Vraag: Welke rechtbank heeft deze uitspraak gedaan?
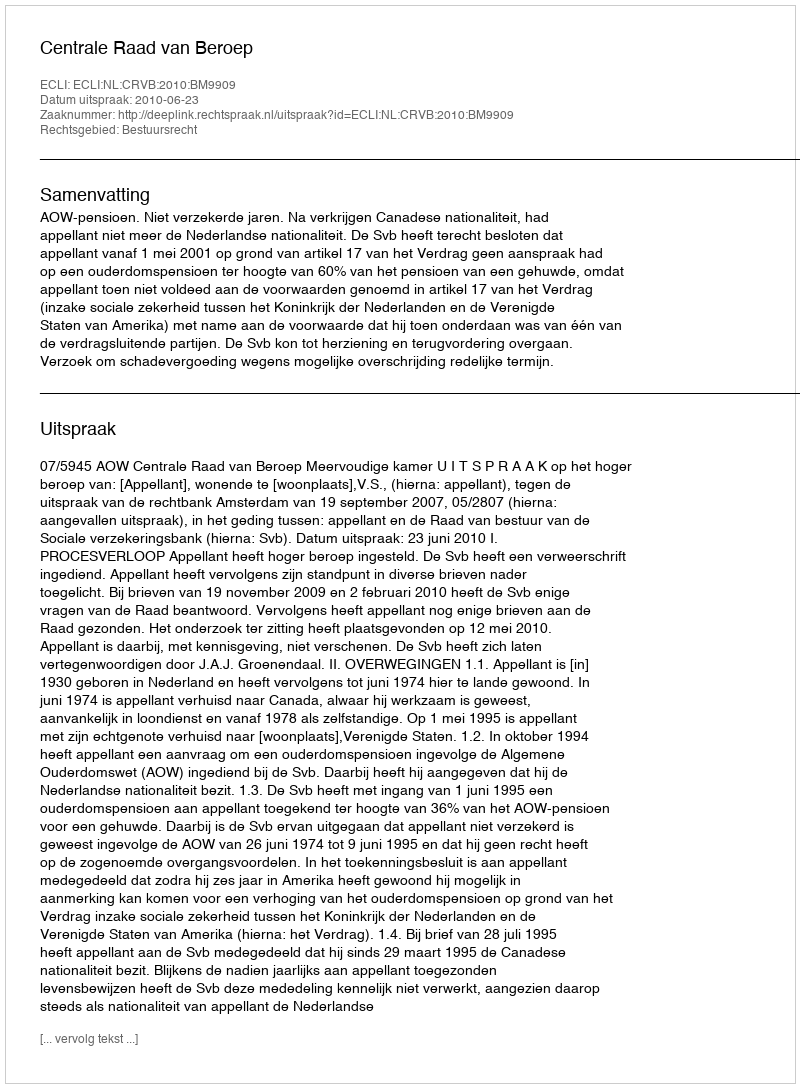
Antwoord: Centrale Raad van Beroep